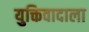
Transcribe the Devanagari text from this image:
युक्तिवादाला